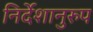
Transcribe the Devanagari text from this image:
निर्देशानुरुप